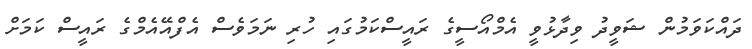
ދައްކަވަމުން ޝަވީދު ވިދާޅުވީ އެމްއޯސީގެ ރައީސްކަމުގައި ހުރި ނަމަވެސް އެފްއޭއެމްގެ ރައީސް ކަމަށް